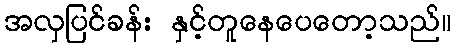
အလှပြင်ခန်း နှင့်တူနေပေတော့သည်။